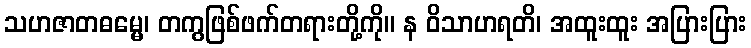
သဟဇာတဓမ္မေ၊ တကွဖြစ်ဖက်တရားတို့ကို။ န ဝိသာဟရတိ၊ အထူးထူး အပြားပြား